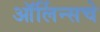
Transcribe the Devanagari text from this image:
ऑर्लिन्सचे